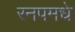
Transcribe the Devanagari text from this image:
रनपमधे